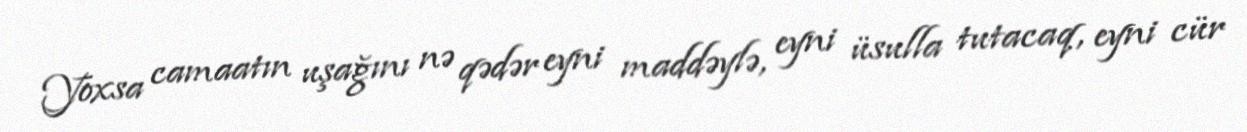
Yoxsa camaatın uşağını nə qədər eyni maddəylə, eyni üsulla tutacaq, eyni cür